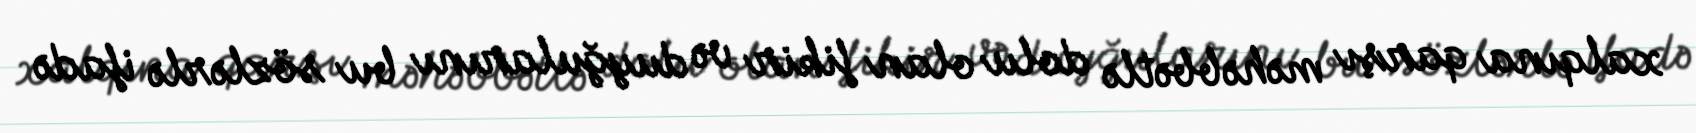
xalqına qarşı məhəbbətlə dolu olan fikir və duyğularını bu sözlərlə ifadə